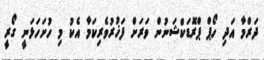
ދަރްމާ އަދި ހޯޕް ޕްރޮޑަކްޝަނުން ވަރަށް ފަޚުރުވެރިކަމާ އެކު މި ހުށަހަޅަނީ ގޯރީ